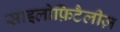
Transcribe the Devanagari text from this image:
साइलोफ़िटैलीज़